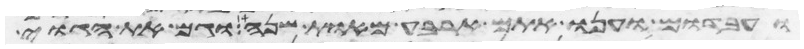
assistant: ועבדום וענו אתם ארבע מאות שנה וגם את הגוי